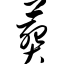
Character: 葬